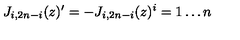
J _ { i , 2 n - i } ( z ) ^ { \prime } = - J _ { i , 2 n - i } ( z ) \sp i = 1 \ldots n